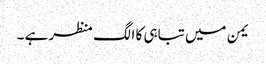
یمن میں تباہی کا الگ منظر ہے ۔